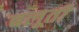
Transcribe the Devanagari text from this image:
बलूती